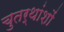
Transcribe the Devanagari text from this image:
चुतर्थांशों